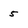
Character: 5